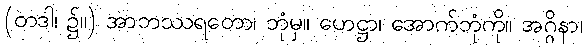
(တဒါ၊ ၌။) အာဘဿရတော၊ ဘုံမှ။ ဟေဋ္ဌာ၊ အောက်ဘုံကို။ အဂ္ဂိနာ၊